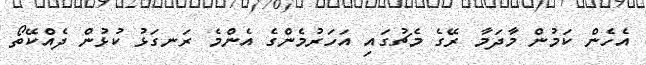
އެހެން ކަމުން މާދަމާ ރޭގެ މެޗުގައި އަހަރުމެންގެ އެންމެ ރަނގަޅު ކުޅުން ދެއްކޭތޯ